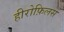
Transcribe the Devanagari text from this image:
हीरोफ़िलस